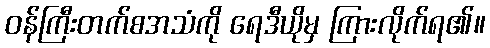
ဝန်ကြီးတက်စအသံကို ရေဒီယိုမှ ကြားလိုက်ရ၏။